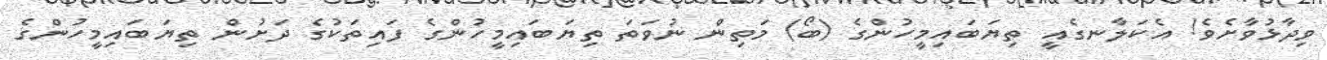
ވިދާޅުވާށެވެ! އެކަލާނގެއީ ތިޔަބައިމީހުންގެ (ބޯ) މަތިން ނުވަތަ ތިޔަބައިމީހުންގެ ފައިތަކުގެ ދަށުން ތިޔަބައިމީހުންގެ